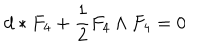
LaTeX: d * F _ { 4 } + \frac { 1 } { 2 } F _ { 4 } \wedge F _ { 4 } = 0